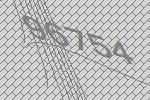
96754